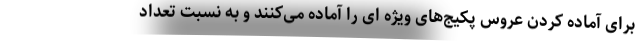
برای آماده کردن عروس پکیج‌های ویژه ای را آماده می‌کنند و به نسبت تعداد